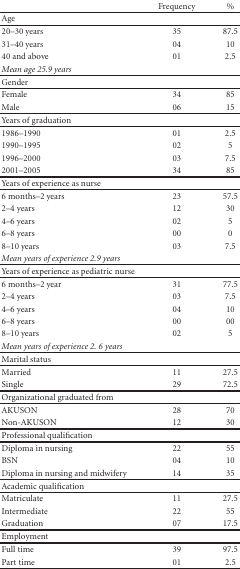
<table><thead><tr><td></td><td><b>Frequency</b></td><td><b>%</b></td></tr></thead><tbody><tr><td>Age</td><td></td><td></td></tr><tr><td>20–30 years</td><td>35</td><td>87.5</td></tr><tr><td>31–40 years</td><td>04</td><td>10</td></tr><tr><td>40 and above</td><td>01</td><td>2.5</td></tr><tr><td><i>Mean age 25.9 years</i></td><td></td><td></td></tr><tr><td>Gender</td><td></td><td></td></tr><tr><td>Female</td><td>34</td><td>85</td></tr><tr><td>Male</td><td>06</td><td>15</td></tr><tr><td>Years of graduation</td><td></td><td></td></tr><tr><td>1986–1990</td><td>01</td><td>2.5</td></tr><tr><td>1990–1995</td><td>02</td><td>5</td></tr><tr><td>1996–2000</td><td>03</td><td>7.5</td></tr><tr><td>2001–2005</td><td>34</td><td>85</td></tr><tr><td>Years of experience as nurse</td><td></td><td></td></tr><tr><td>6 months–2 years</td><td>23</td><td>57.5</td></tr><tr><td>2–4 years</td><td>12</td><td>30</td></tr><tr><td>4–6 years</td><td>02</td><td>5</td></tr><tr><td>6–8 years</td><td>00</td><td>0</td></tr><tr><td>8–10 years</td><td>03</td><td>7.5</td></tr><tr><td><i>Mean years of experience 2.9 years</i></td><td></td><td></td></tr><tr><td>Years of experience as pediatric nurse</td><td></td><td></td></tr><tr><td>6 months–2 year</td><td>31</td><td>77.5</td></tr><tr><td>2–4 years</td><td>03</td><td>7.5</td></tr><tr><td>4–6 years</td><td>04</td><td>10</td></tr><tr><td>6–8 years</td><td>00</td><td>00</td></tr><tr><td>8–10 years</td><td>02</td><td>5</td></tr><tr><td><i>Mean years of experience 2. 6 years</i></td><td></td><td></td></tr><tr><td>Marital status</td><td></td><td></td></tr><tr><td>Married</td><td>11</td><td>27.5</td></tr><tr><td>Single</td><td>29</td><td>72.5</td></tr><tr><td>Organizational graduated from</td><td></td><td></td></tr><tr><td>AKUSON</td><td>28</td><td>70</td></tr><tr><td>Non-AKUSON</td><td>12</td><td>30</td></tr><tr><td>Professional qualification</td><td></td><td></td></tr><tr><td>Diploma in nursing</td><td>22</td><td>55</td></tr><tr><td>BSN</td><td>04</td><td>10</td></tr><tr><td>Diploma in nursing and midwifery</td><td>14</td><td>35</td></tr><tr><td>Academic qualification</td><td></td><td></td></tr><tr><td>Matriculate</td><td>11</td><td>27.5</td></tr><tr><td>Intermediate</td><td>22</td><td>55</td></tr><tr><td>Graduation</td><td>07</td><td>17.5</td></tr><tr><td>Employment</td><td></td><td></td></tr><tr><td>Full time</td><td>39</td><td>97.5</td></tr><tr><td>Part time</td><td>01</td><td>2.5</td></tr></tbody></table>